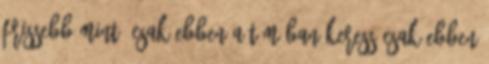
Frissebb mint: Csak ebben a témában keress Csak ebben